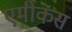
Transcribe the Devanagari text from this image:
एमीकस